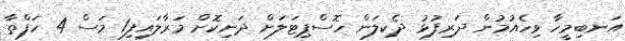
އަނބިމީހާ ވިހެއުމުން ދަރިފުޅު ދެކިލަން ހޮސްޕިޓަލަށް ދަނިކޮށް މަރާލައިފި1 މަސް 4 ހަފްތާ